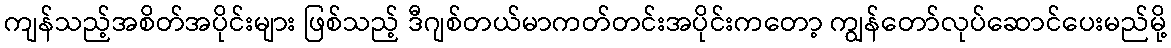
ကျန်သည့်အစိတ်အပိုင်းများ ဖြစ်သည့် ဒီဂျစ်တယ်မာကတ်တင်းအပိုင်းကတော့ ကျွန်တော်လုပ်ဆောင်ပေးမည်မို့